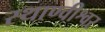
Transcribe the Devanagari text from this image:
स्थाण्वीश्वर